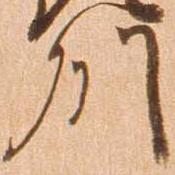
州